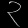
Digit: ၃